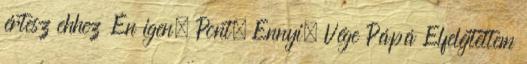
értesz ehhez Én igen. Pont. Ennyi. Vége Pápá Elfelejtettem